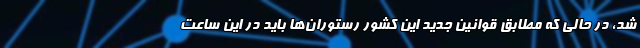
شد، در حالی که مطابق قوانین جدید این کشور رستوران‌ها باید در این ساعت